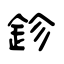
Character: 鉁